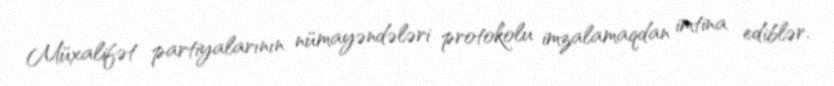
Müxalifət partiyalarının nümayəndələri protokolu imzalamaqdan imtina ediblər.